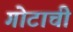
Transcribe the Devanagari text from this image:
गोटाची